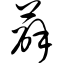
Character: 薛